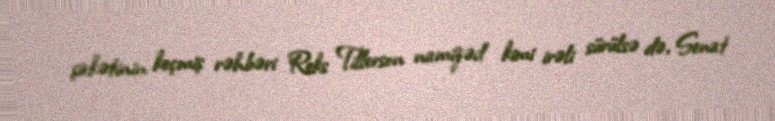
şirkətinin keçmiş rəhbəri Reks Tillerson namizəd kimi irəli sürülsə də, Senat